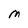
Character: M